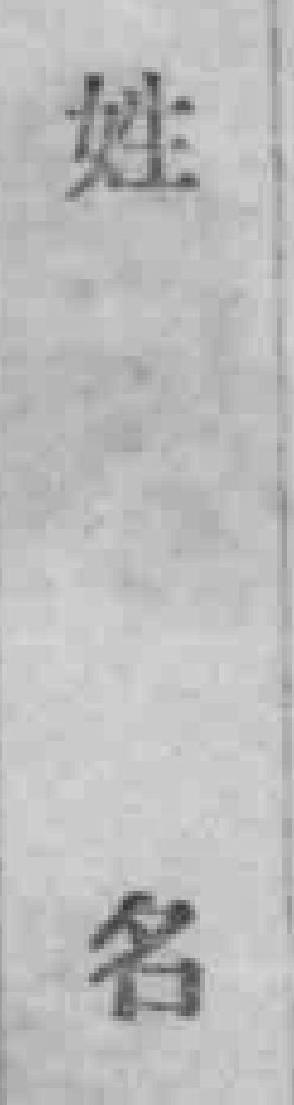
姓名